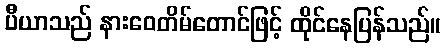
ပီယာသည် နားဝေတိမ်တောင်ဖြင့် ထိုင်နေပြန်သည်။